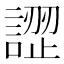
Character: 䜀